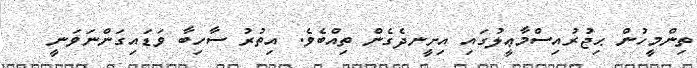
ތިންމީހުން ޙިޖުރުއިސްމާޢީލުގައި އިށީނދެގެން ތިއްބެވެ. އިތުރު ސާހިބާ ވަޑައިގަންނަވަނީ